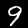
Label: 9